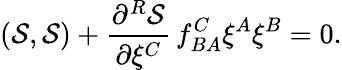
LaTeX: ({\cal S},{\cal S})+\frac{\partial^{R}{\cal S}}{\partial\xi^{C}}\, f_{BA}^{C}\xi^{A}\xi^{B}=0.